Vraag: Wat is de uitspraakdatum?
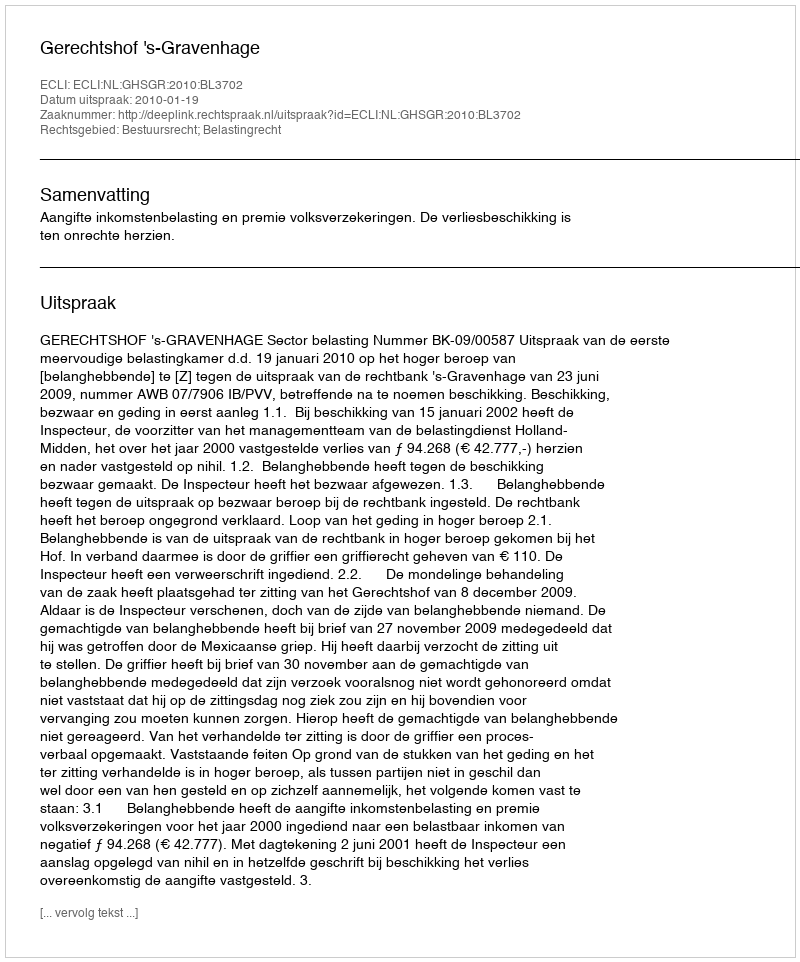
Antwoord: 2010-01-19